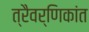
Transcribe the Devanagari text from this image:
त्रैवर्णिकांत